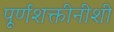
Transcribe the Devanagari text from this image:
पूर्णशक्तीनीशी